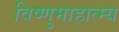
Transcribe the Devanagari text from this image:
विष्णुमाहात्म्य